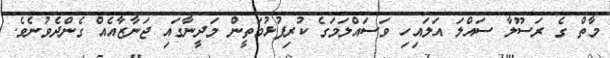
މާތް ގެ ރަސޫލާ ސައްލަ އަލައިހި ވަސައްލަމަގެ ކުރިފުޅުމަތީން މަދީނާގައި ޖަނާޒާއެއް ގެންދެވުނެވެ.